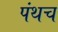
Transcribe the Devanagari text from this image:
पंथच